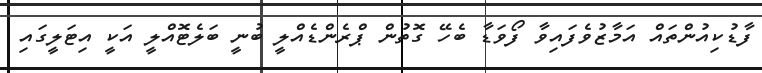
ފާޑުކިއުންތައް އަމާޒުވެފައިވާ ފޯވަޑާ ބެހޭ ގޮތުން ޕްރެންޑެއްލީ ބުނީ ބަލެޓޮއްލީ އަކީ އިޓަލީގައި